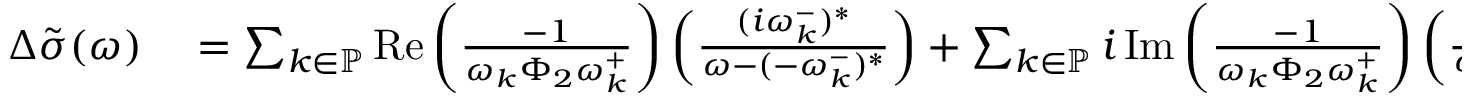
\begin{array} { r l } { \Delta \tilde { \sigma } ( \omega ) } & { { } = \sum _ { k \in \mathbb { P } } \operatorname { R e } \left( \frac { - 1 } { \omega _ { k } \Phi _ { 2 } \omega _ { k } ^ { + } } \right) \left( \frac { ( i \omega _ { k } ^ { - } ) ^ { * } } { \omega - ( - \omega _ { k } ^ { - } ) ^ { * } } \right) + \sum _ { k \in \mathbb { P } } i \operatorname { I m } \left( \frac { - 1 } { \omega _ { k } \Phi _ { 2 } \omega _ { k } ^ { + } } \right) \left( \frac { i \omega _ { k } ^ { - } } { \omega - \omega _ { k } ^ { - } } \right) } \end{array}